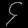
Digit: ၄